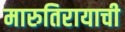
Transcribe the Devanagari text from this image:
मारुतिरायाची